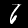
Digit: 6